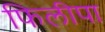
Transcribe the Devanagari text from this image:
फिलीपा